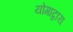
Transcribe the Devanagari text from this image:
योगाद्वारा